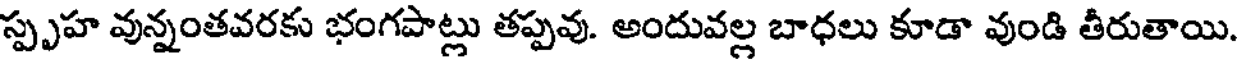
స్పృహ వున్నంతవరకు భంగపాట్లు తప్పవు. అందువల్ల బాధలు కూడా వుండి తీరుతాయి.